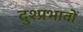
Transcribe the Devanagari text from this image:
दुश्प्रभावों